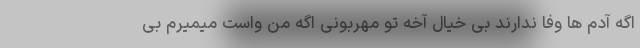
اگه آدم ها وفا ندارند بی خیال آخه تو مهربونی اگه من واست میمیرم بی